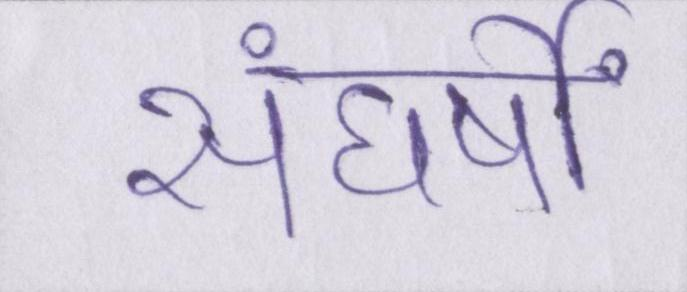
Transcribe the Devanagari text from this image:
संघर्षों